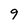
Character: 9